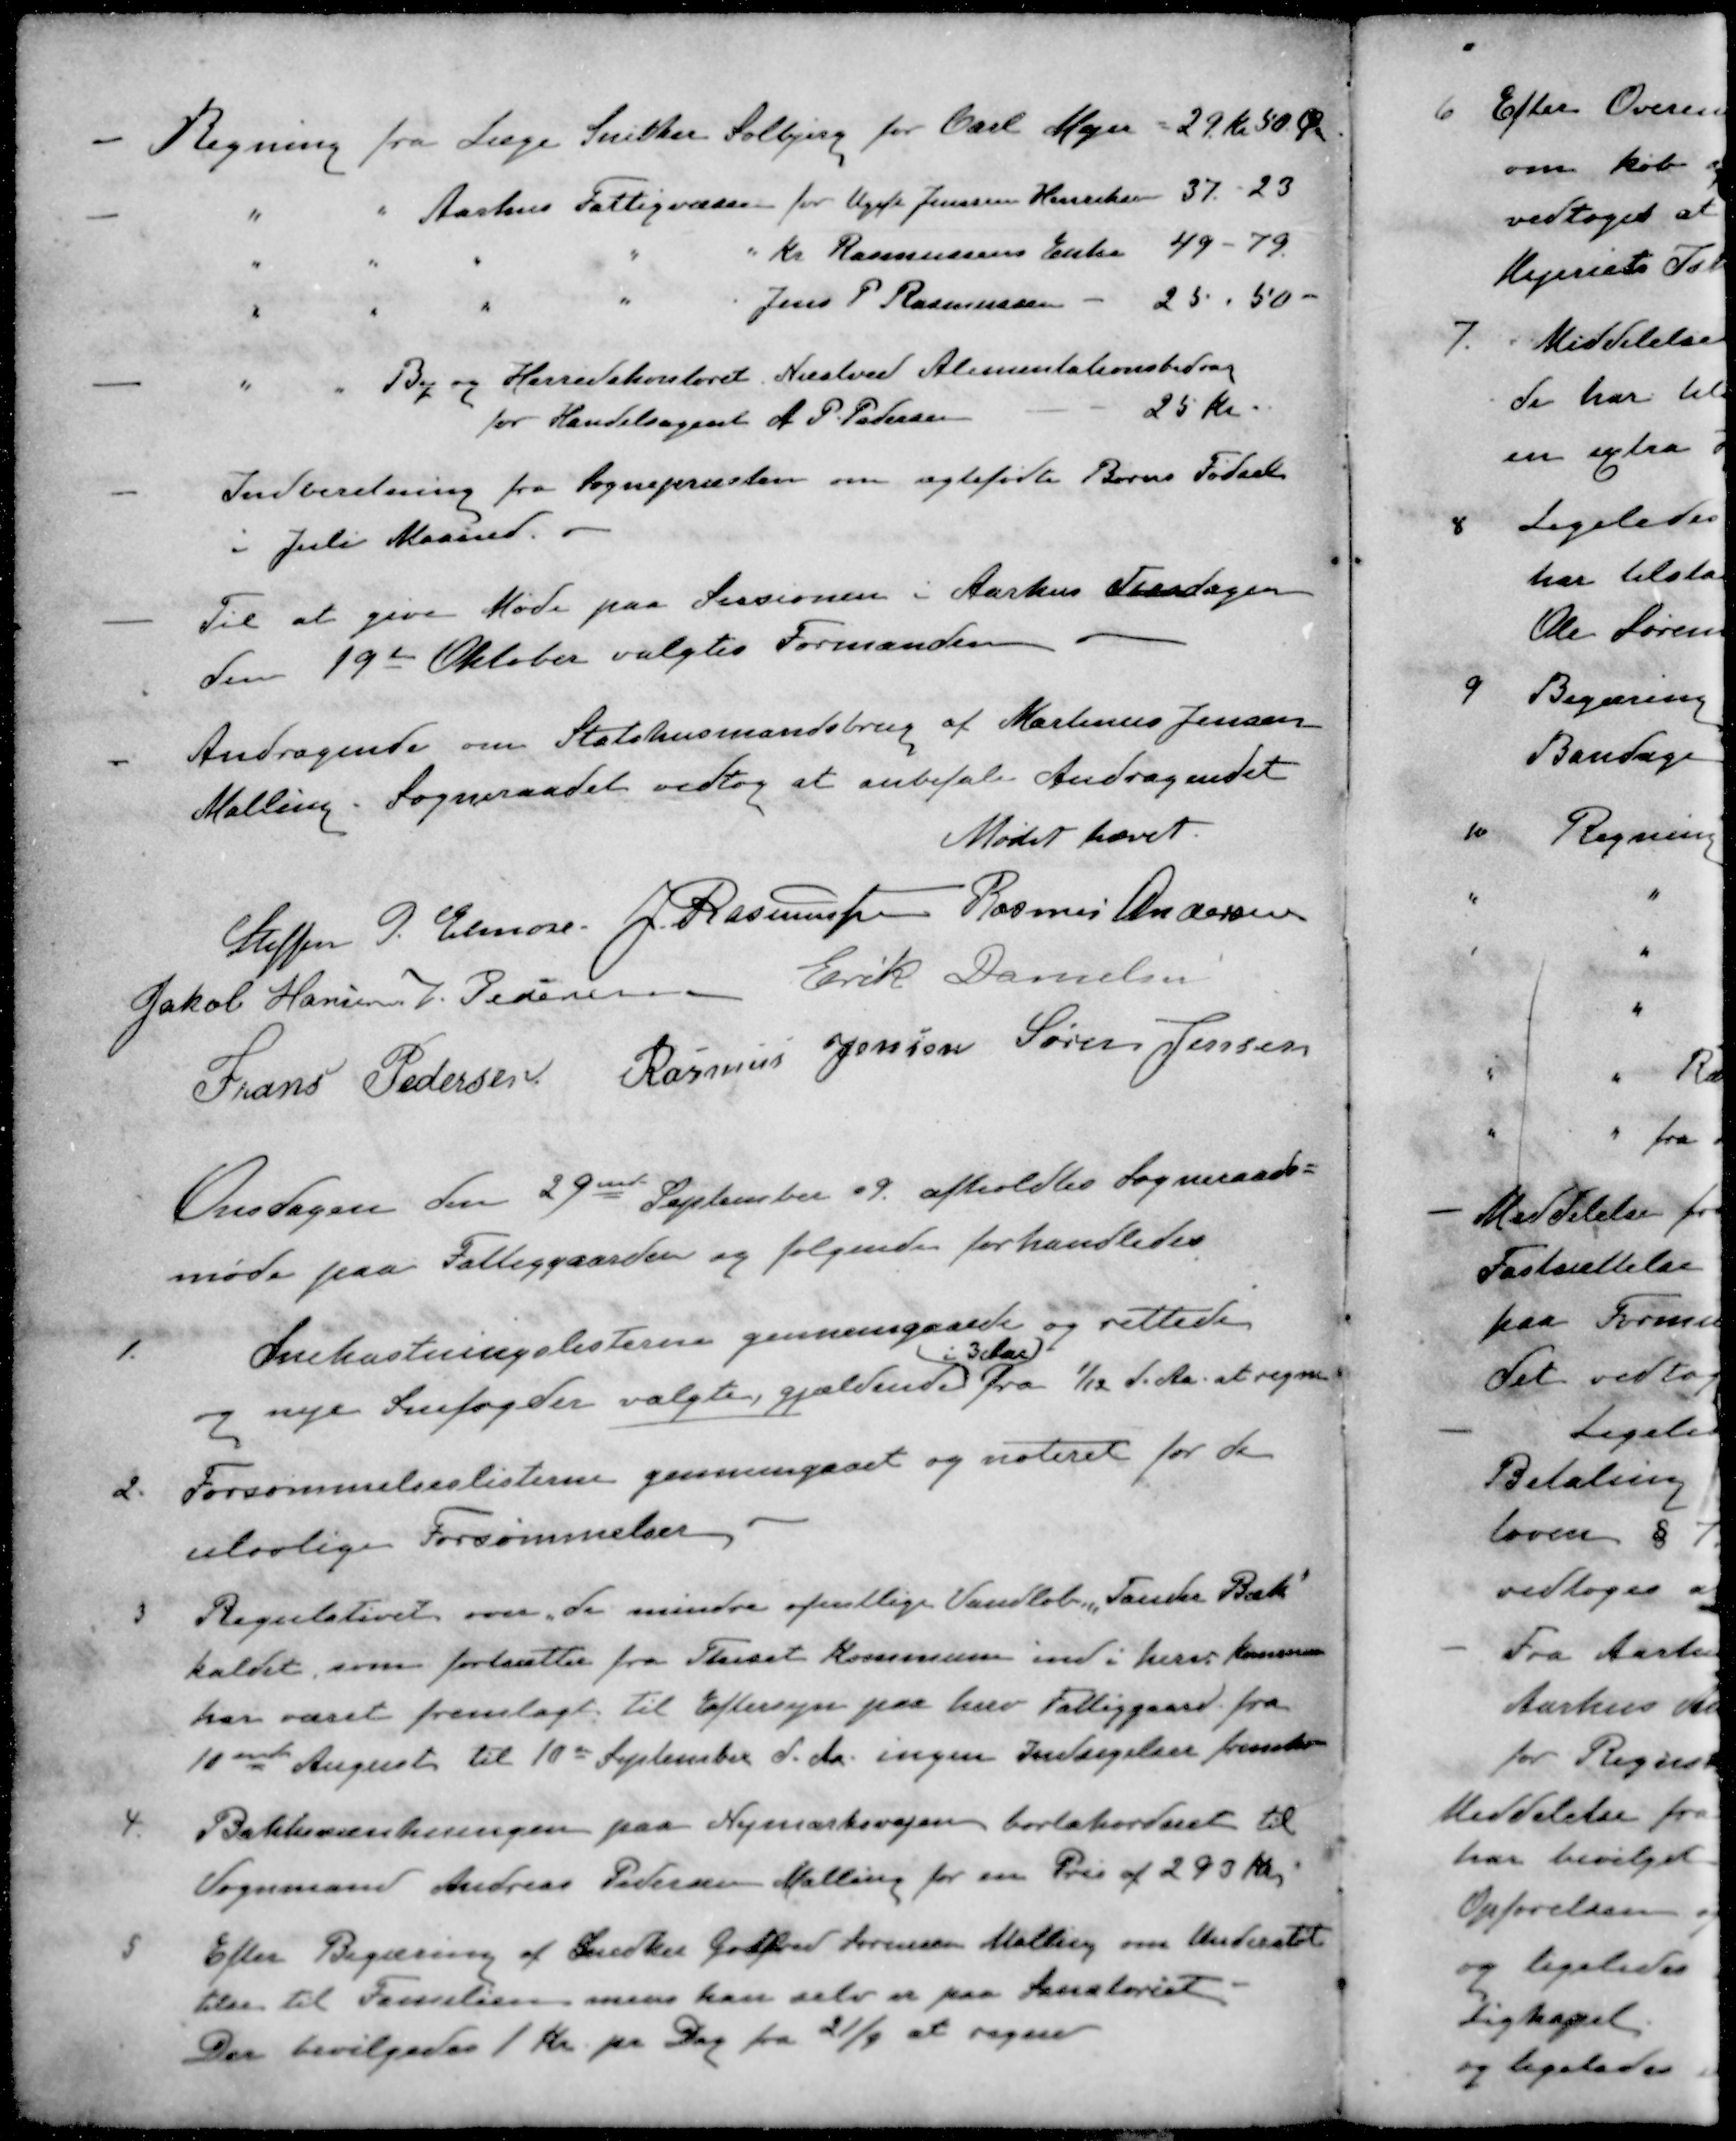
Transskription:
- Regning fra Læge Snedker Solbjerg for Carl Mejer - 29 kr 50 Øre
- " " Aarhus Fattigvæsen for Ugift Jenssen Henriksen 37. - 23
" " " " " Kr Rasmussens Enke 49 - 79
" " " " " Jens P Rasmussen - 25. 50 -
- " " By og Herredskontoret. Næstved Alimentationsbidrag
for Handelsagent A. P. Pedersen 25 kr.
- Indberetning fra Sognepræsten om ægtefødte Børns Fødsel
i Juli Maaned
- Til at give Møde paa Sessionen i Aarhus Tirsdagen
den 19de Oktober valgtes Formanden
- Andragende om Statshusmandsbrug af Martinus Jensen
Malling. Sogneraadet vedtog at anbefale Andragendet
Mødet hævet.
Steffen P. Elmose
J. Rasmussen
Rasmus Andersen
Jakob Hansen
V Pedersen
Erik Danielsen
Frans Pedersen
Rasmus Jensen
Søren Jensen
Onsdagen den 29de September 09 afholdtes Sogneraads-
møde paa Fattiggaarden og følgende forhandledes
1. Snekastningslisterne gennemgaaede og rettede
i 3 Aar)
og nye Snefogder valgte gjældende fra 1/12 d. Aa. at regne
2. Forsømmelseslisterne gennemgaaet og noteret for de
ulovlige Forsømmelser
3 Regulativet over de mindre ofentlige Vandløb, "Tander Bæk"
kaldet, som fortsætter fra Thiset Kommune ind i herv kommune
har været fremlagt til Eftersyn paa herv Fattiggaard fra
10ende August til 10de September d. Aa. ingen Indsigelser fremkom
4. Bakkesænkningen paa Nymarksvejen bortakorderet til
Vognmand Andreas Pedersen Malling for en Pris af 293 Kr.
5 Efter Begæring af Snedker Godfred Sørensen Malling om Understøt-
telse til Familien mens han selv er paa Sanatoriet
Der bevilgedes 1 Kr pr Dag fra 21/9 at regne